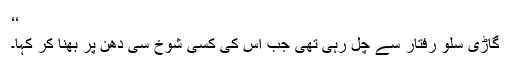
‘‘
گاڑی سلو رفتار سے چل رہی تھی جب اس کی کسی شوخ سی دھن پر بھنا کر کہا۔